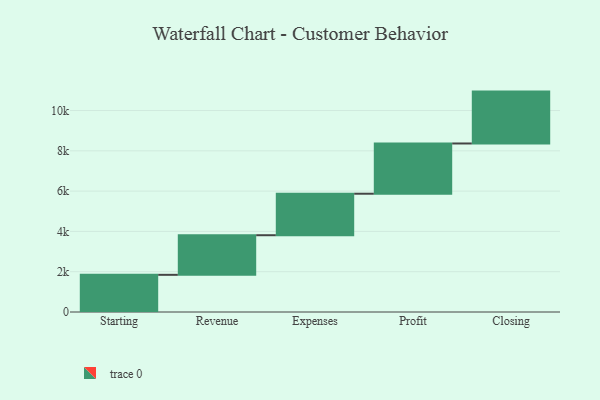
{"axis": {"x": "Step", "y": "Value"}, "legend": [""], "data": [{"x": "Starting", "y": 1845.0, "type": ""}, {"x": "Revenue", "y": 1966.0, "type": ""}, {"x": "Expenses", "y": 2060.0, "type": ""}, {"x": "Profit", "y": 2494.0, "type": ""}, {"x": "Closing", "y": 2575.0, "type": ""}]}